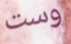
وست